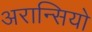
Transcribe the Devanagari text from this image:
अरान्सियो